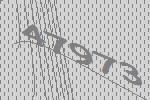
47973